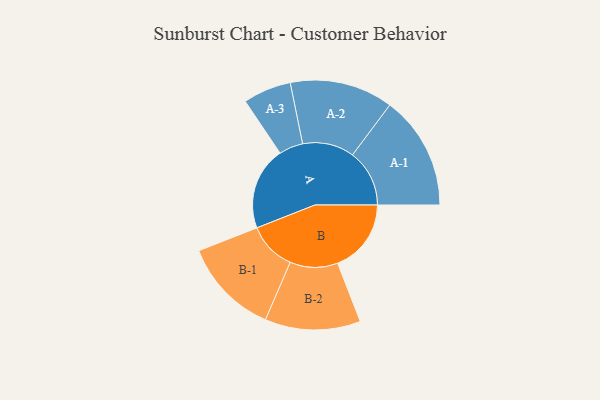
{"axis": {"x": "Segment", "y": "Value"}, "legend": ["", "A", "B"], "data": [{"x": "A", "y": 424, "type": ""}, {"x": "B", "y": 376, "type": ""}, {"x": "A-1", "y": 291, "type": "A"}, {"x": "A-2", "y": 264, "type": "A"}, {"x": "A-3", "y": 123, "type": "A"}, {"x": "B-1", "y": 247, "type": "B"}, {"x": "B-2", "y": 244, "type": "B"}]}